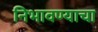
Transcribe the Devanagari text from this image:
निभावण्याचा